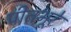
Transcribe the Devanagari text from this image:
पीतभूरे